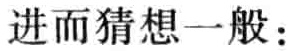
进而猜想一般：